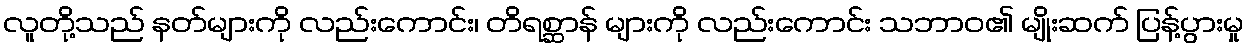
လူတို့သည် နတ်များကို လည်းကောင်း၊ တိရစ္ဆာန် များကို လည်းကောင်း သဘာဝ၏ မျိုးဆက် ပြန့်ပွားမှု